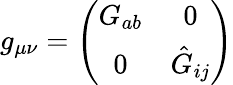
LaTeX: g_{\mu\nu}=\left(\begin{array}{cc}{{G_{ab}}}&{{0}}\\ {{0}}&{{\hat{G}_{ij}}}\end{array}\right)